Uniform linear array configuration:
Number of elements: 32
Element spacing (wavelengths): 0.25
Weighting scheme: uniform
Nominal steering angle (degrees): -30
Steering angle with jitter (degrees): -28.341
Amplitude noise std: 0.05
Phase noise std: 0.05

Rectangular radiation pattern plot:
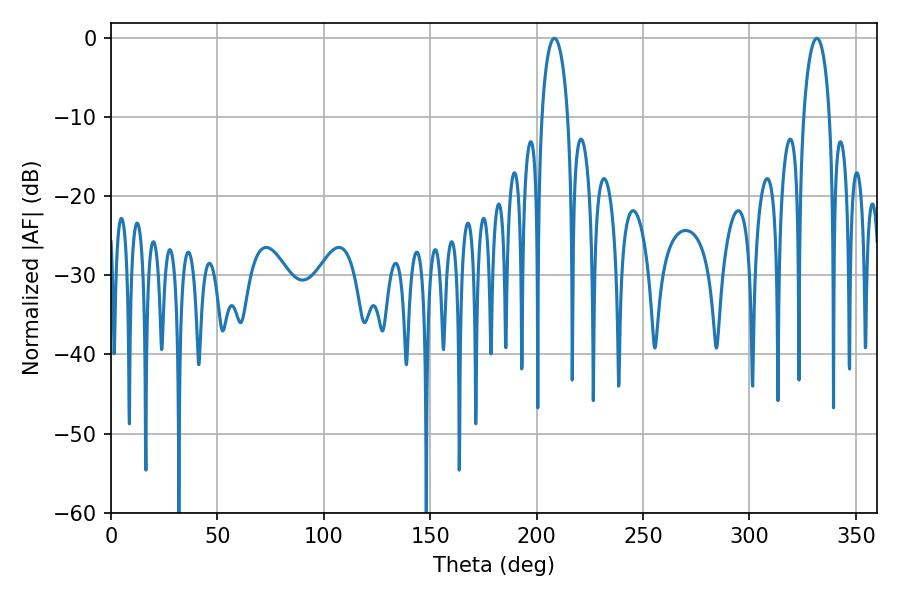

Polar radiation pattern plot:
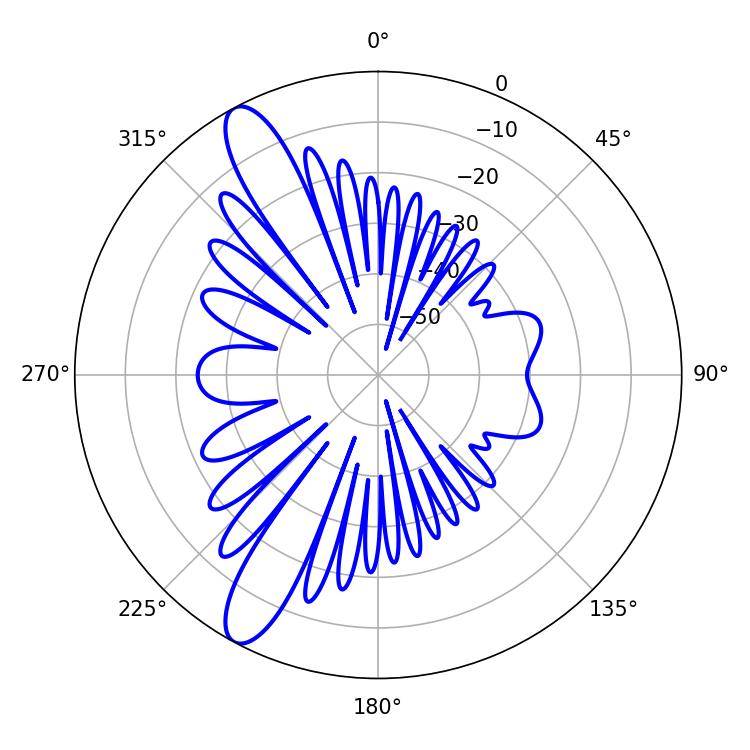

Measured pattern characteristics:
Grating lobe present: FALSE
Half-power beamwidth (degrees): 7.02
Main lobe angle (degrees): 208.26